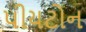
પીયટોન